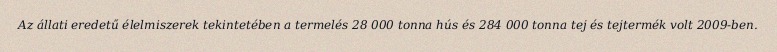
Az állati eredetű élelmiszerek tekintetében a termelés 28 000 tonna hús és 284 000 tonna tej és tejtermék volt 2009-ben.